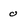
Character: 0